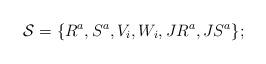
LaTeX: \begin{align*}\mathcal{S}=\{R^a, S^a, V_i,W_i, JR^a, JS^a\};\end{align*}